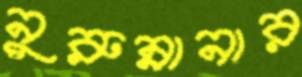
নুরুন্নানার